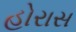
હોરાસ